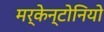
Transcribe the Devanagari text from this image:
मर्केन्टोनियो